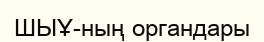
ШЫҰ-ның органдары